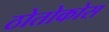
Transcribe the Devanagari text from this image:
ठोतोकोस